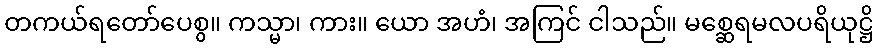
တကယ်ရတော်ပေစွ။ ကသ္မာ၊ ကား။ ယော အဟံ၊ အကြင် ငါသည်။ မစ္ဆေရမလပရိယုဋ္ဌိ